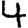
Digit: 4